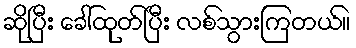
ဆိုပြီး ခေါ်ထုတ်ပြီး လစ်သွားကြတယ်။